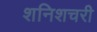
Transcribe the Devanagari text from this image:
शनिशचरी